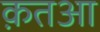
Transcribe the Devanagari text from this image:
क़तआ